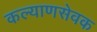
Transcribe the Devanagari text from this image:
कल्याणसेवक